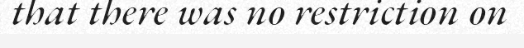
that there was no restriction on